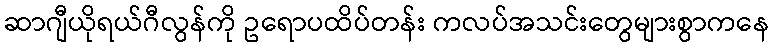
ဆာဂျီယိုရယ်ဂီလွန်ကို ဥရောပထိပ်တန်း ကလပ်အသင်းတွေများစွာကနေ